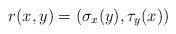
LaTeX: \begin{align*}r(x,y)=(\sigma_x(y),\tau_y(x))\end{align*}